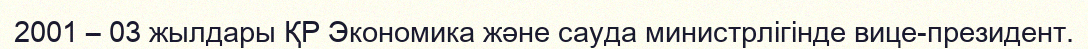
2001 – 03 жылдары ҚР Экономика және сауда министрлігінде вице-президент.